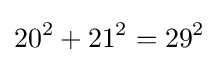
20^{2}+21^{2}=29^{2}